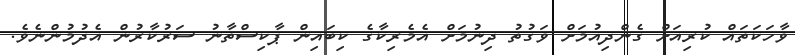
ވާހަކަތައް ކުރިއަށް ގެންދިއުމަށް ވަގުތު ދިނުމަށް އެމެރިކާގެ ކިބައިން ޕާކިސްތާނު ސަރުކާރުން އެދުމުންނެވެ.